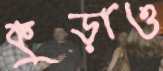
কুড়াও